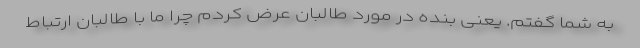
به شما گفتم. یعنی بنده در مورد طالبان عرض کردم چرا ما با طالبان ارتباط